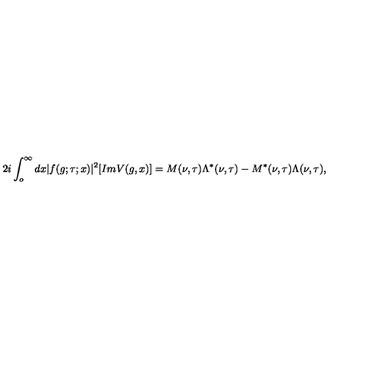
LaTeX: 2 i \int _ { o } ^ { \infty } d x | f ( g ; \tau ; x ) | ^ { 2 } [ I m V ( g , x ) ] = M ( \nu , \tau ) \Lambda ^ { * } ( \nu , \tau ) - M ^ { * } ( \nu , \tau ) \Lambda ( \nu , \tau ) ,